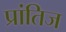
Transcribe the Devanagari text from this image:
प्रांतिज